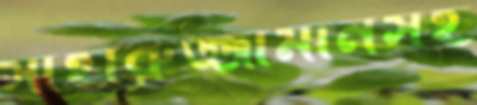
সাহারুজ্জামানসহ